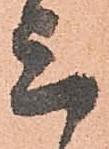
上